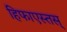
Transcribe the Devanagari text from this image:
हिफाएस्तस्‌